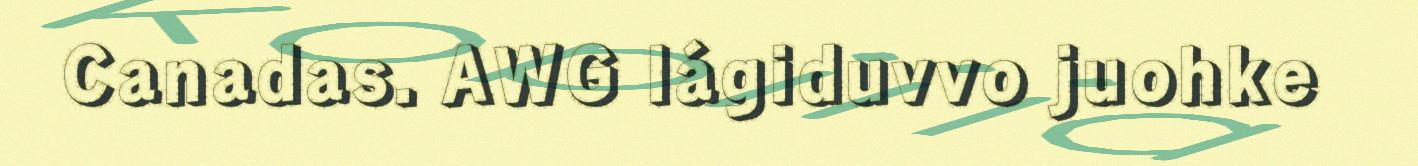
Canadas. AWG lágiduvvo juohke